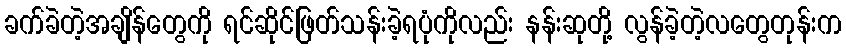
ခက်ခဲတဲ့အချိန်တွေကို ရင်ဆိုင်ဖြတ်သန်းခဲ့ရပုံကိုလည်း နန်းဆုတို့ လွန်ခဲ့တဲ့လတွေတုန်းက